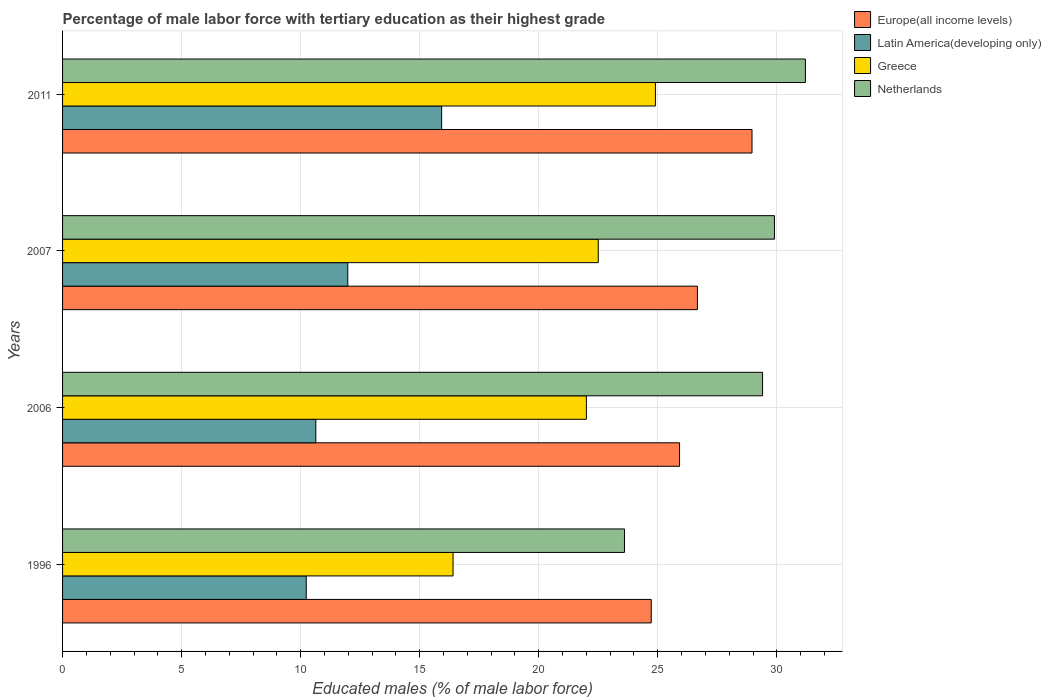
| Years | Europe(all income levels) | Latin America(developing only) | Greece | Netherlands |
 | --- | --- | --- | --- | --- |
 | 1996 | 24.7 | 10.2 | 16.4 | 23.6 |
 | 2006 | 25.9 | 10.6 | 22 | 29.4 |
 | 2007 | 26.7 | 12 | 22.5 | 29.9 |
 | 2011 | 29 | 15.9 | 24.9 | 31.2 |